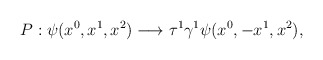
\begin{align*}P: \psi (x^0,x^1,x^2) \longrightarrow \tau^1 \gamma^1 \psi(x^0,-x^1,x^2),\end{align*}